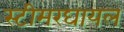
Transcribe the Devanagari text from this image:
स्टीमरघायल